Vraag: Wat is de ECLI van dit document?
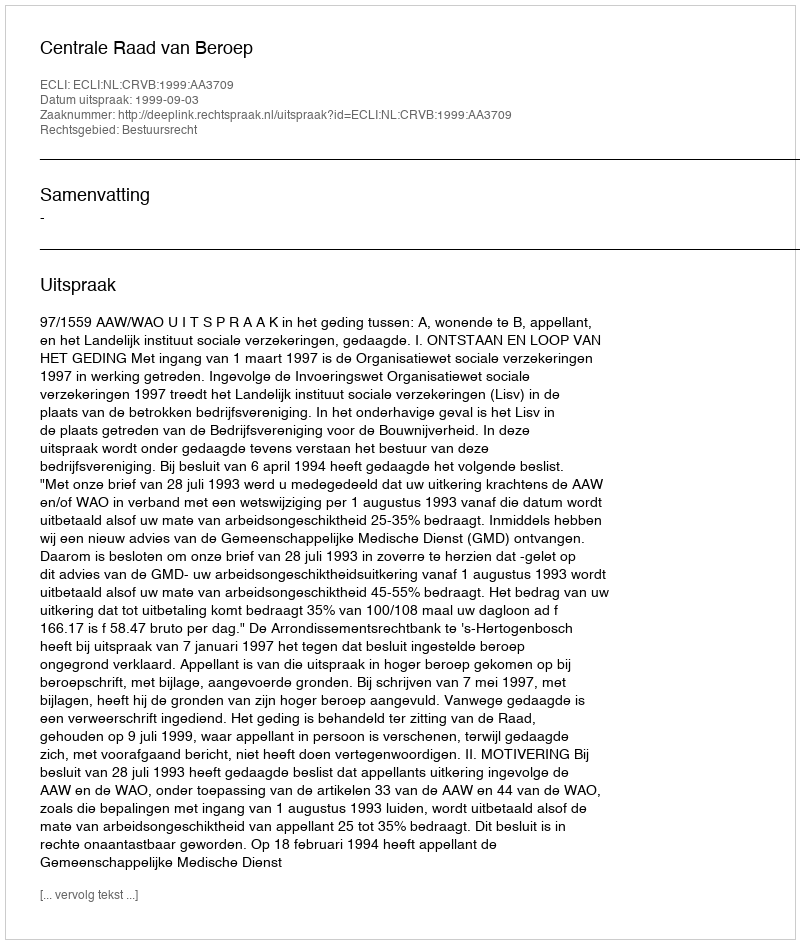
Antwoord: ECLI:NL:CRVB:1999:AA3709